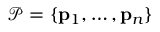
\mathcal { P } = \{ { \bf p } _ { 1 } , \ldots , { \bf p } _ { n } \}